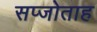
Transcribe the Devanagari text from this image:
सप्जोताह